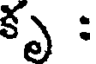
కృ :